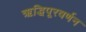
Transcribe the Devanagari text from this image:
ऋद्धिपूरवर्णन